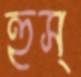
হুস্‌